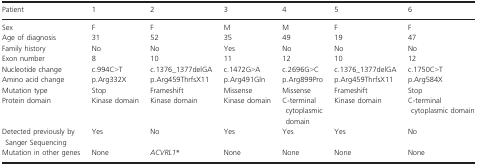
<table><thead><tr><td><b>Patient</b></td><td><b>1</b></td><td><b>2</b></td><td><b>3</b></td><td><b>4</b></td><td><b>5</b></td><td><b>6</b></td></tr></thead><tbody><tr><td>Sex</td><td>F</td><td>F</td><td>M</td><td>M</td><td>F</td><td>F</td></tr><tr><td>Age of diagnosis</td><td>31</td><td>52</td><td>35</td><td>49</td><td>19</td><td>47</td></tr><tr><td>Family history</td><td>No</td><td>No</td><td>Yes</td><td>No</td><td>No</td><td>No</td></tr><tr><td>Exon number</td><td>8</td><td>10</td><td>11</td><td>12</td><td>10</td><td>12</td></tr><tr><td>Nucleotide change</td><td>c.994C&gt;T</td><td>c.1376_1377delGA</td><td>c.1472G&gt;A</td><td>c.2696G&gt;C</td><td>c.1376_1377delGA</td><td>c.1750C&gt;T</td></tr><tr><td>Amino acid change</td><td>p.Arg332X</td><td>p.Arg459ThrfsX11</td><td>p.Arg491Gln</td><td>p.Arg899Pro</td><td>p.Arg459ThrfsX11</td><td>p.Arg584X</td></tr><tr><td>Mutation type</td><td>Stop</td><td>Frameshift</td><td>Missense</td><td>Missense</td><td>Frameshift</td><td>Stop</td></tr><tr><td>Protein domain</td><td>Kinase domain</td><td>Kinase domain</td><td>Kinase domain</td><td>C-terminal cytoplasmic domain</td><td>Kinase domain</td><td>C-terminal cytoplasmic domain</td></tr><tr><td>Detected previously by Sanger Sequencing</td><td>Yes</td><td>No</td><td>Yes</td><td>Yes</td><td>Yes</td><td>No</td></tr><tr><td>Mutation in other genes</td><td>None</td><td><i>ACVRL1</i>*</td><td>None</td><td>None</td><td>None</td><td>None</td></tr></tbody></table>